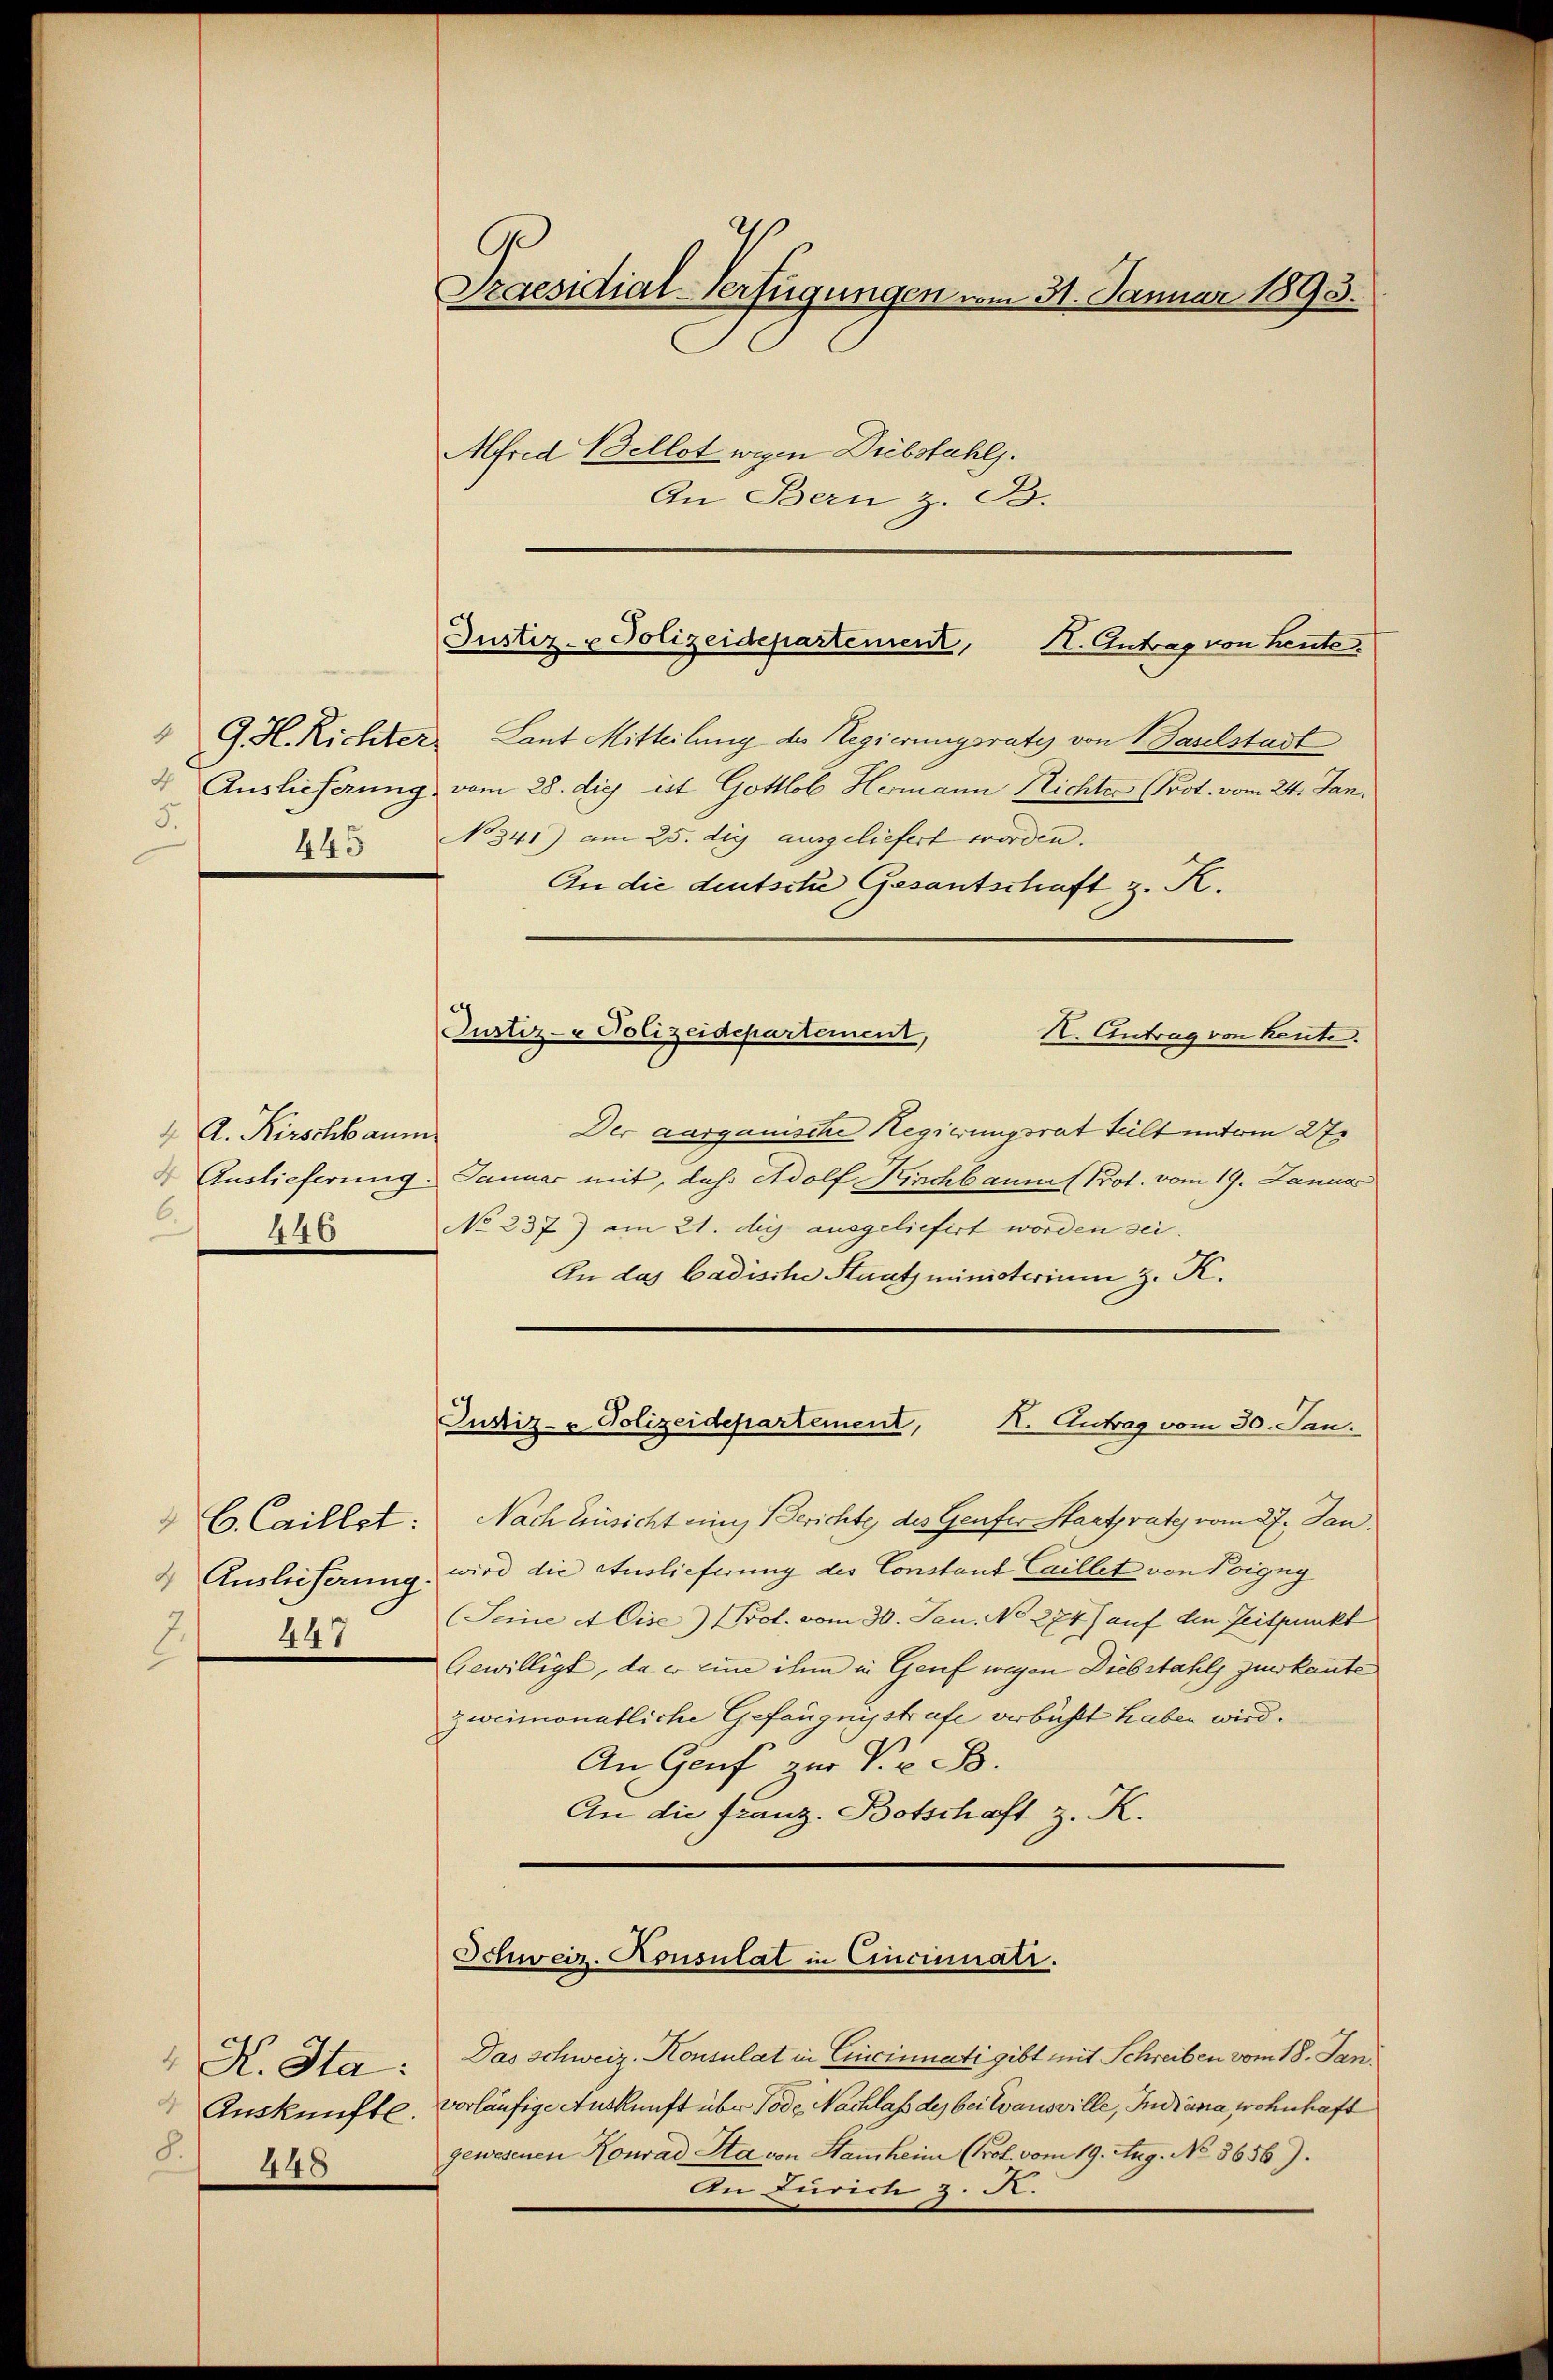
5.
445

A. Kirschbaum
4 Auslieferung
6.
446

6. Caillet:
& Auslieferung.
447
2.

K. Ha:
Auskünftl.
448

Ge
Praesidial-Verfügungen vom 31. Januar 1893.
Mfred Bellet wegen Diebstahl.

An Bern z. B.

Justiz- & Polizeidepartement, I. Antrag von heute,

" G. H. Richter Laut Mitteilung der Regierungsrate von Baselstadt
4. Auslieferung vom 28. die ist Gottlob Hermann Nichter (Prot. vom 24. Jan.
No 341) am 25. die ausgeliefert worden.
An die deutsche Gesantschaft z. K.

Justiz- & Polizeidepartement,
K. Antrag von Kerte.

Justiz- & Polizeidepartement,
K. Antrag vom 30. Jan.

Der aargauische Regierungsrat teilt unterm 27.
Januar mit, daß Adolf Kirchbaumes Prot. vom 19. Janua
No 237) am 21. des ausgeliefirt worden sei.
An das Badische Staatsministerium z. K.
Nach Einsicht eines Berichte des Genfer Staatsrates vom 27. Jan.
wird die Auslieferung des Constant Caillet von Voigny
Seine et Cise) Prot. vom 30. Jan. No 274) auf die Zeitpunkt
Gewilligt, da er eine ihm in Genf wegen Diebstahls zuerkante
zweimonatliche Gefängnisstrafe verbüßt haben wird.
An Genf zur Ve B.
An die Franz. Botschaft z. K.
Schweiz. Konsulat in Cincinatr.
Das schweiz. Konsulat in Cincinati gibt mit Schreiben vom 18. Jan.
vorläufige Auskunft über Tode Nachlass des bei Evansville, Indiana wohnhaft
gewesenen Konrad Sta von Hausheim (Prol. vom 19. Aug. No 3656).
Au Zürich z. R.